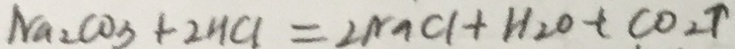
N a _ { 2 } C O _ { 3 } + 2 H C l = 2 N a C l + H _ { 2 } O + C O _ { 2 } \uparrow